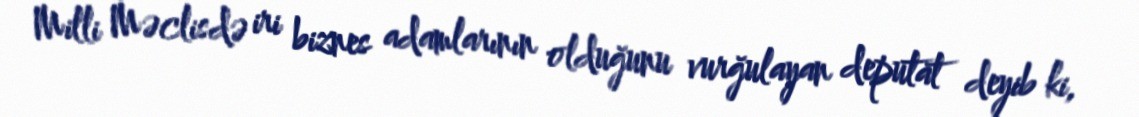
Milli Məclisdə iri biznes adamlarının olduğunu vurğulayan deputat deyib ki,